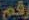
رقم